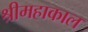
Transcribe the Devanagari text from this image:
श्रीमहाकाल